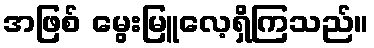
အဖြစ် မွေးမြူလေ့ရှိကြသည်။